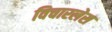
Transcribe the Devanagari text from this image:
विचारलेस